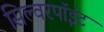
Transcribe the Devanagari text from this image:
सिल्वरपॉइंट